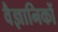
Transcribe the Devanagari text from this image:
वैज्ञानिकों